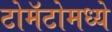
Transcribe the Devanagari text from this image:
टोमॅटोमध्ये